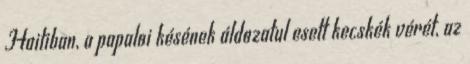
Haitiban, a papaloi késének áldozatul esett kecskék vérét, az